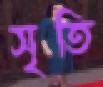
সৃতি